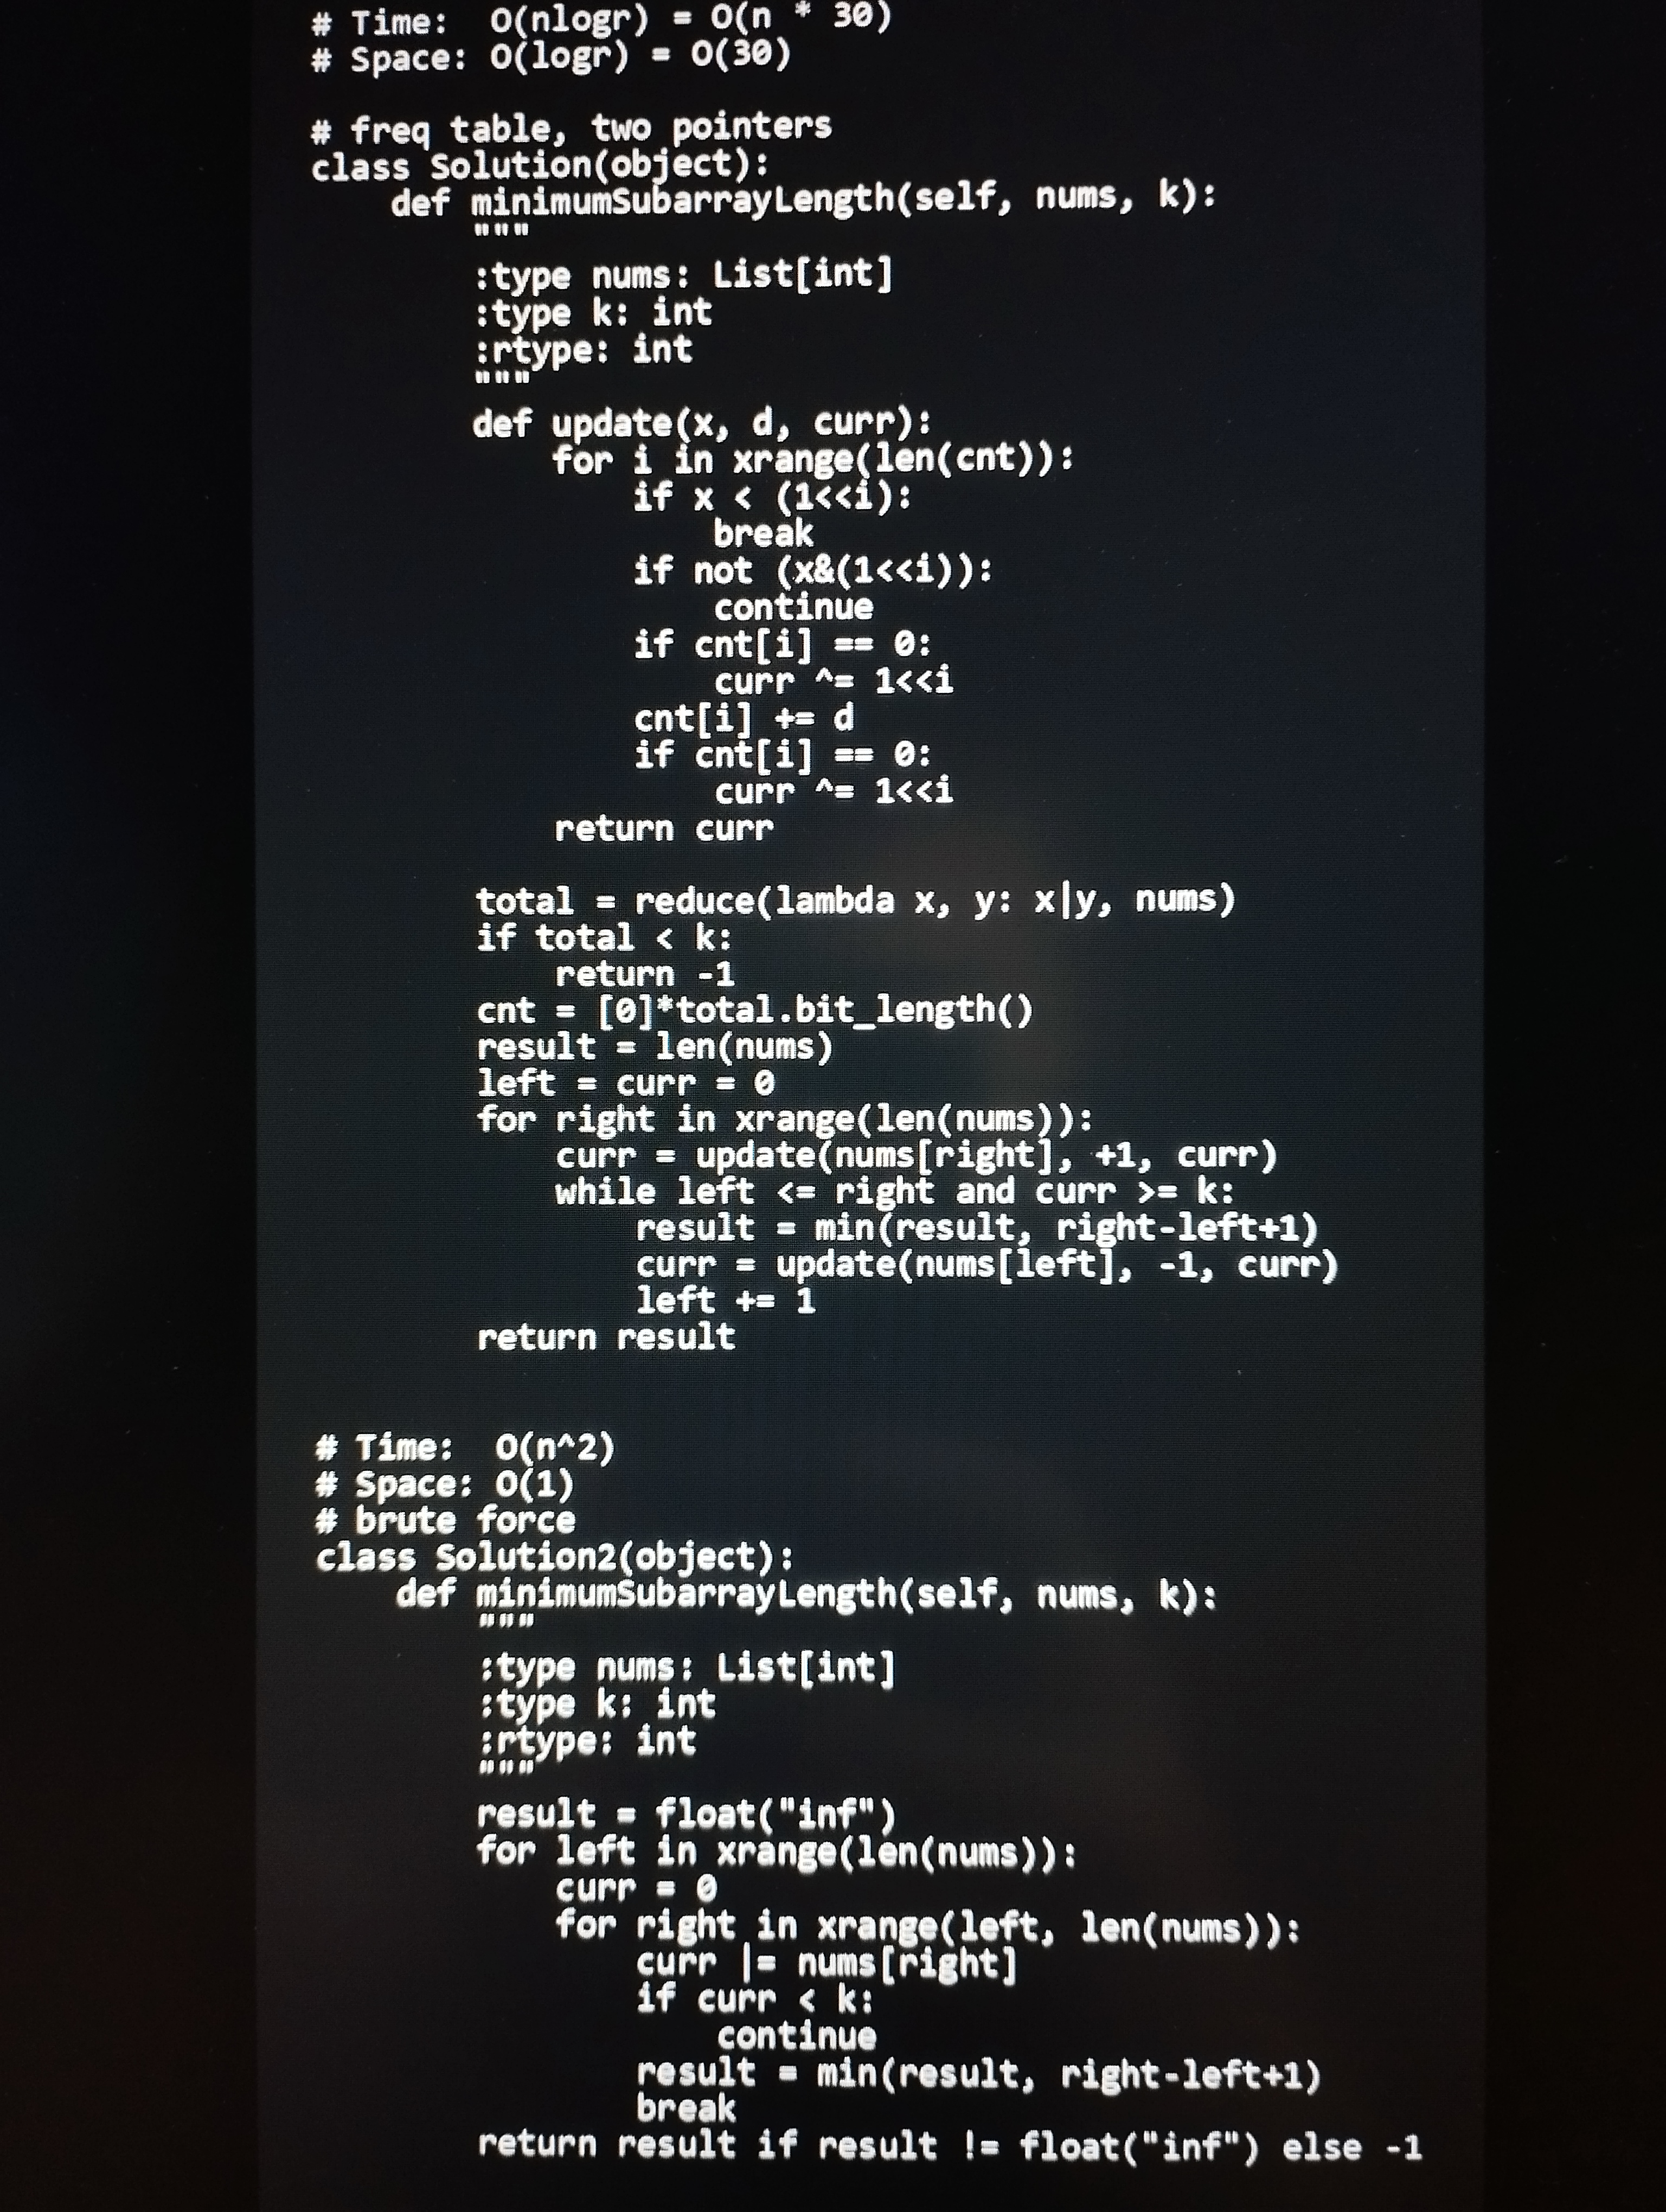
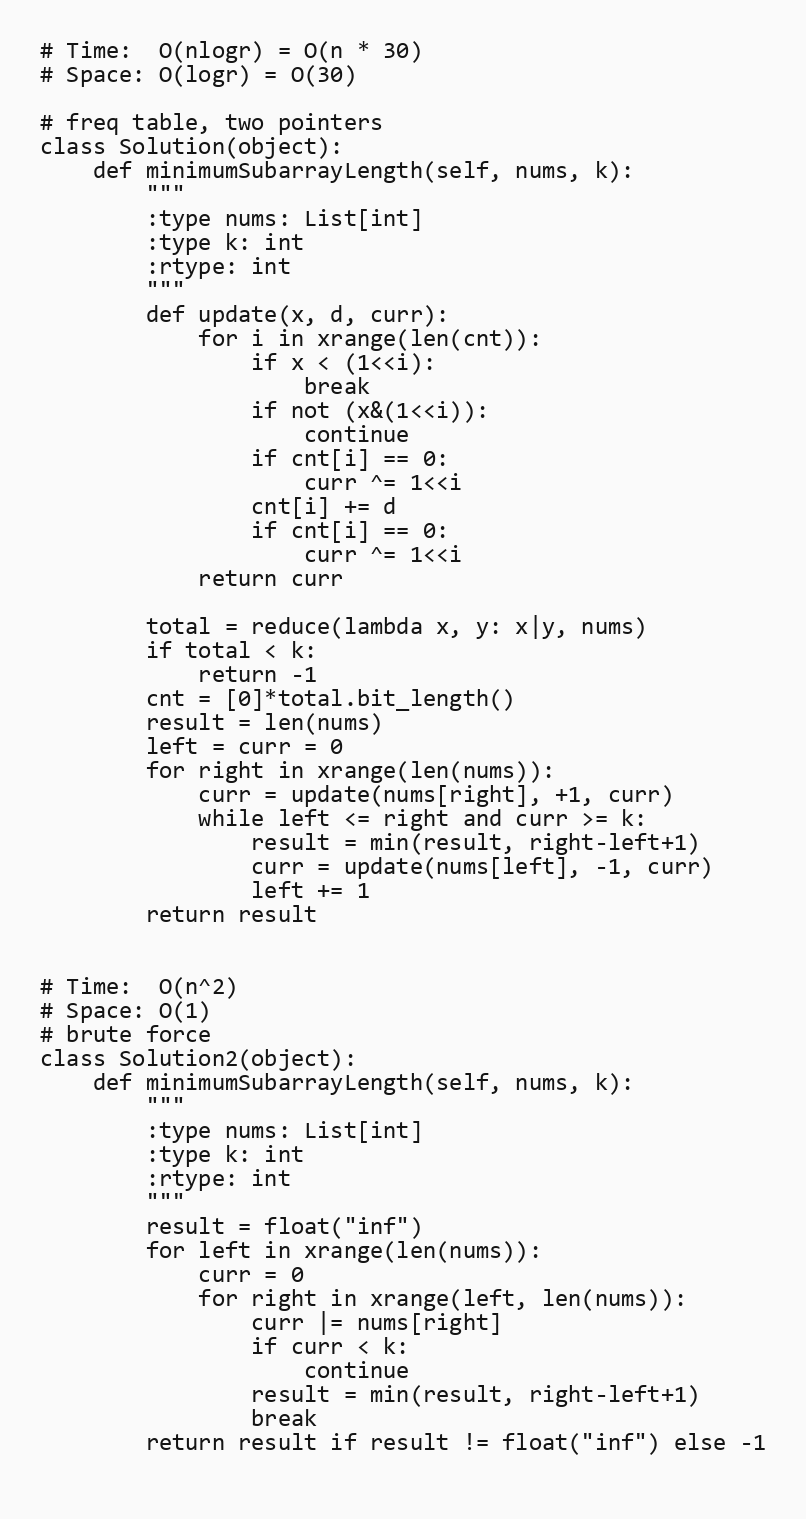
# Time:  O(nlogr) = O(n * 30)
# Space: O(logr) = O(30)

# freq table, two pointers
class Solution(object):
    def minimumSubarrayLength(self, nums, k):
        """
        :type nums: List[int]
        :type k: int
        :rtype: int
        """
        def update(x, d, curr):
            for i in xrange(len(cnt)):
                if x < (1<<i):
                    break
                if not (x&(1<<i)):
                    continue
                if cnt[i] == 0:
                    curr ^= 1<<i
                cnt[i] += d
                if cnt[i] == 0:
                    curr ^= 1<<i
            return curr

        total = reduce(lambda x, y: x|y, nums)
        if total < k:
            return -1
        cnt = [0]*total.bit_length()
        result = len(nums)
        left = curr = 0
        for right in xrange(len(nums)):
            curr = update(nums[right], +1, curr)
            while left <= right and curr >= k:
                result = min(result, right-left+1)
                curr = update(nums[left], -1, curr)
                left += 1
        return result

# Time:  O(n^2)
# Space: O(1)
# brute force
class Solution2(object):
    def minimumSubarrayLength(self, nums, k):
        """
        :type nums: List[int]
        :type k: int
        :rtype: int
        """
        result = float("inf")
        for left in xrange(len(nums)):
            curr = 0
            for right in xrange(left, len(nums)):
                curr |= nums[right]
                if curr < k:
                    continue
                result = min(result, right-left+1)
                break
        return result if result != float("inf") else -1